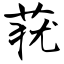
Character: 莸